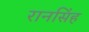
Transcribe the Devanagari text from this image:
रानसिंह